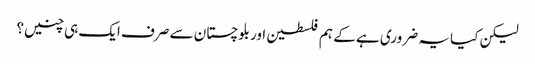
لیکن کیا یہ ضروری ہے کے ہم فلسطین اور بلوچستان سے صرف ایک ہی چنیں؟